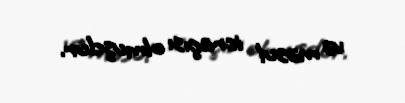
və məsul icraçısı olmuşdur.